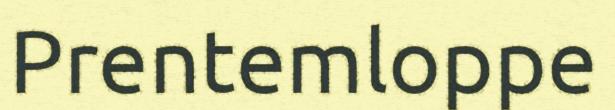
Prentemloppe